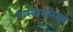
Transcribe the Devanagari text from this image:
करवादलेला